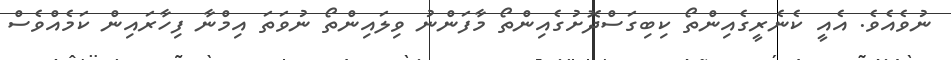
ނުވެއެވެ. އެއީ ކެނެރީގެއިންތޯ ކިބިގަސްދޮށުގެއިންތޯ މާފަންނު ވިލައިންތޯ ނުވަތަ އިމްނާ ފިހާރައިން ކަމެއްވެސް